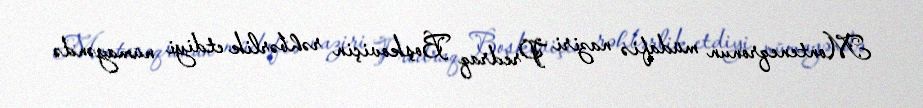
Monteneqronun müdafiə naziri Predraq Boşkoviçin rəhbərlik etdiyi nümayəndə